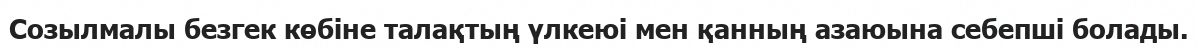
Созылмалы безгек көбіне талақтың үлкеюі мен қанның азаюына себепші болады.